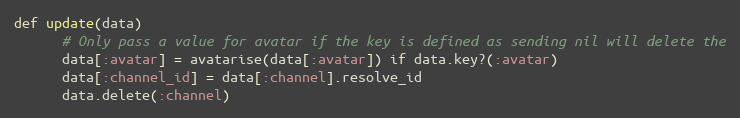
Language: Ruby
def update(data)
      # Only pass a value for avatar if the key is defined as sending nil will delete the
      data[:avatar] = avatarise(data[:avatar]) if data.key?(:avatar)
      data[:channel_id] = data[:channel].resolve_id
      data.delete(:channel)